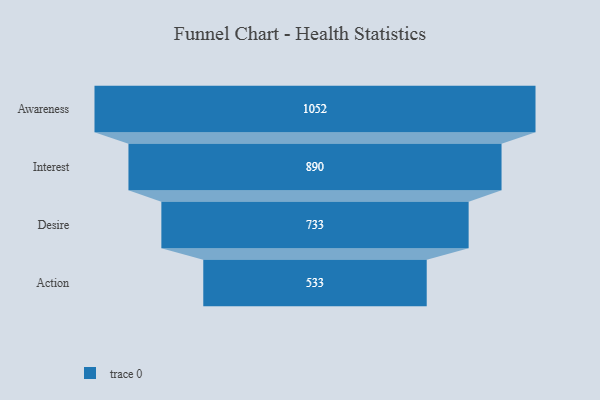
{"axis": {"x": "Stage", "y": "Value"}, "legend": [""], "data": [{"x": "Awareness", "y": 1052.0, "type": ""}, {"x": "Interest", "y": 890.0, "type": ""}, {"x": "Desire", "y": 733.0, "type": ""}, {"x": "Action", "y": 533.0, "type": ""}]}